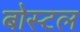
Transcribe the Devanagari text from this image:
बोस्टल